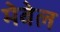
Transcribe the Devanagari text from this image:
मेबेल